Vaccination in Burma 1900-1911 - 1900-1911
Year: 1900
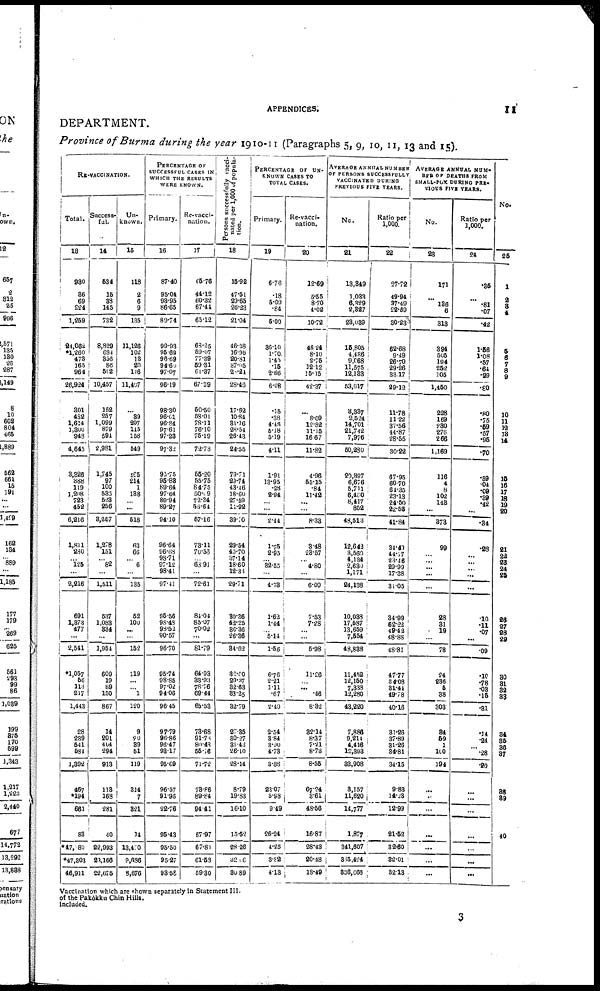
APPENDICES.
11
DEPARTMENT.
Province of Burma during the year 1910-11 (Paragraphs 5, 9, 10, 11, 13 and 15).
RE-VACCINATION.
Total.
13
930
36
69
224
1,259
24,062
*1,260
473
165
964
26,924
301
482
1,614
1,300
948
4,645
3,326
388
119
1,208
723
452
6,216
1,811
230
...
125
...
2,216
691
1,373
477
...
2,541
*1,057
56
113
217
1,443
28
239
541
584
1,392
467
*194
661
83
*47,880
*47,303
46,911
Success-
ful.
14
534
15
38
145
732
8,829
684
356
86
502
10,457
152
257
1,099
879
594
2,981
1,745
97
100
533 523
256
3,257
1,278
151
... 82
...
1,511
537
1,088
334
...
1,954
609
19
89
150
867
14
201
404
294
913
113
168
281
40
22,993
23,166
22,675
Un-
known.
15
118
2
6
9
135
11,126
102
13
20
146
11,407
...
39
207
145
158
549
165
214
1
138 ...
...
518
63
66
... 6
...
135
52
100
...
...
152
119
...
... 1
120
9
20
39
51
119
314
7
321
14
13,470
9,686
8,676
PERCENTAGE OF
SUCCESSFUL CASES IN
WHICH THE RESULTS
WERE KNOWN.
Primary.
16
87.40
95.04
93.95
86.65
89.74
99.93
95.69
96.69
94.60
97.07
96.19
98.30
96.01
96.84
97.61
97.28
97.32
95.75
95.83
89.64
97.64 89.94
89.27
94.10
96.64
96.68
98.71
97.12
98.41
97.41
95.56
98.48
98.52
90.57
96.70
95.74
98.85
97.02
94.06
96.45
97.79
96.86
96.47
93.17
95.09
96.57
91.96
92.76
95.43
95.50
95.27
93.58
Re-vacci-
nation.
17
65.76
44.12
60.32 67.44
65.12
68.25
59.07
77.39
59.31
64.37
67.39
50.50
58.01
78.11
76.10
75.19
72.78
55.20
55.75
84.75
50.09 72.34
55.64
57.16
73.11
70.56
... 63.91
...
72.61
84.04
85.07
70.02
...
81.79
64.93
33.93
78.76
69.44
65.53
73.68
91.78
80.48
55.16
71.72
73.86
89.84
94.41
57.97
67.81
61.53
59.30
Persons successfully vacci-
nated per 1,000 of popula-
tion.
18
15.92
47.51
29.65
26.23
21.04
46.28
16.98
20.81
37.05
28.24
28.46
17.62
10.84
31.16
28.54
26.43
24.55
79.71
29.74
43.46
18.60 27.59
11.92
39.70
29.54
40.70
37.14
18.60
12.33
29.71
80.36
42.25
86.36
26.36
34.62
32.00
29.37
32.63
83.25
32.79
27.35
30.27
31.43
26.10
28.14
8.79
19.83
16.10
15.52
28.26
32.16
30.89
PERCENTAGE OF UN.
KNOWN CASES TO
TOTAL CASES.
Primary.
19
6.76
.18
5.09
.84
5.00
36.10
1.70
1.45
.15
2.66
6.08
.15
.38
4.48
5.18
5.19
4.11
1.91
13.95
.28
2.94
...
...
2.44
1.75
2.95
... 32.55
...
4.78
1.62
1.44
...
5.14
1.56
6.76
2.21
1.11
.67
2.40
2.54
3.84
3.90
4.73
3.88
23.07
5.98
9.49
26.24
4.25
3.82
4.13
Re-vacci-
nation.
20
12.69
5.55
8.70
4.02
10.72
46.24
8.10
2.75
12.12
15.15
42.37
...
8.09
12.82
11.15
16.67
11.82
4.96
55.15
.84
11.42
...
...
8.33
3.48
23.57
... 4.80
...
6.09
7.53
7.28
...
...
5.98
11.26
...
... .46
8.32
32.14
8.37
7.21
8.73
8.55
67.24
3.61
48.56
16.87
28.43
20.48
18.49
AVERAGE ANNUAL NUMBER
OF PERSONS SUCCESSFULLY
VACCINATED DURING
PREVIOUS FIVE YEARS.
No.
21
13,349
1,033
6,329
2,327
23,039
15,805
4,436
9,068
11,575
12,133
53,017
3,337
2,524
14,701
21,742
7,976
50,280
20,897
6,676
5,711
6,460 8,417
852
48,513
12,642
3,560
4,134
2,680
1,171
24,138
10,038
17,587
13,659
7,554
48,838
11,452
12,150
7,838
12,280
43,220
7,886
9,214
4,416
12,393
33,908
3,157
11,620
14,777
1,877
341,607
365,424
336,666
Ratio per
1,000.
22
27.72
49.94
37.49
22.59
30.23
62.68
9.49
26.70
29.26
33.17
29.12
11.78
11.22
39.56
44.87
28.55
30.22
67.95
60.70
64.35
23.13
24.50
22.58
41.84
34.40
44.77
23.46
29.99
17.38
31.05
34.99
62.22
49.42
48.88
48.81
47.77
34.08
31.44
49.78
40.16
31.26
37.89
31.26
34.81
34.15
9.83
14.28
12.99
21.52
32.60
32.01
32.13
AVERAGE ANNUAL NUM-
BER OF DEATHS FROM
SMALL-POX DURING PRE-
VIOUS FIVE YEARS.
No.
23
171
...
136
6
313
394
505
194
252
105
1,450
228
169
280
276
266
1,169
116
4
8
102
148
...
373
99
...
...
... ...
...
28
31
19
...
78
24
236
5
38
303
34
59
1
100
194
...
...
...
...
...
...
...
Ratio per
1,000.
24
.35
...
.81
.07
.42
1.56
1.08
.57
.64
.29
.80
.80
.75
.59
.57
.95
.70
.89
.04
.09
.39
.42
...
.34
.28
... ...
...
...
...
.10
.11
.07
...
.09
.10
.78
.03
.15
.31
.14
.24
...
.28
.20
...
...
...
...
...
...
...
No.
25
1
2
3
4
5
6
7
8
9
10
11
12
13
14
15
16
17
18 19
20
21
22
23
24
25
26
27
28
29
30
31
32
33
34
35
36
37
38
39
40
Vaccination which are shown separately in Statement III.
of the Pakôkku Chin Hills.
included.
3